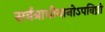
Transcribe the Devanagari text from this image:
सर्वत्राधीयानोऽपविघ्नो